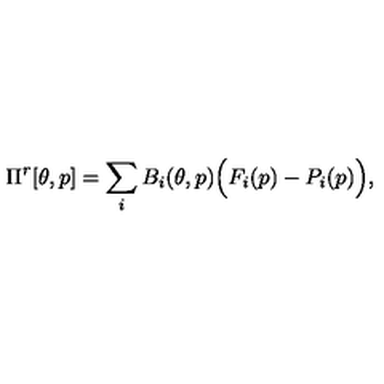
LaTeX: \Pi ^ { r } [ \theta , p ] = \sum _ { i } B _ { i } ( \theta , p ) \Big ( F _ { i } ( p ) - P _ { i } ( p ) \Big ) ,